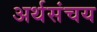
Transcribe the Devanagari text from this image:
अर्थसंचय